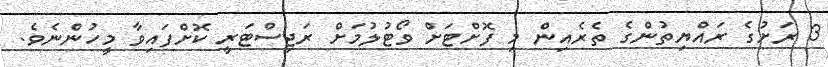
3 ރަށުގެ ރައްޔިތުންގެ ތެރެއިން މި ފޮށްޓަށް ވޯޓުލުމަށް ރަޖިސްޓަރީ ކޮށްފައިވާ މީހުންނެވެ.